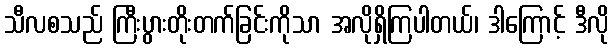
သီလစသည် ကြီးပွားတိုးတက်ခြင်းကိုသာ အလိုရှိကြပါတယ်၊ ဒါကြောင့် ဒီလို